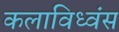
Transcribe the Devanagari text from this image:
कलाविध्वंस